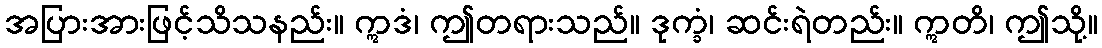
အပြားအားဖြင့်သိသနည်း။ ဣဒံ၊ ဤတရားသည်။ ဒုက္ခံ၊ ဆင်းရဲတည်း။ ဣတိ၊ ဤသို့။